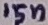
Text: 15n